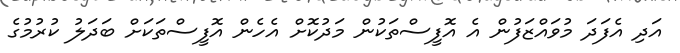
އަދި އެފަދަ މުވައްޒަފުން އެ އޮފީސްތަކުން މަދުކޮށް އެހެން އޮފީސްތަކަށް ބަދަލު ކުރުމުގެ